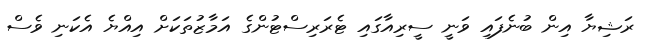
ރަޝިޔާ އިން ބުނެފައި ވަނީ ސީރިއާގައި ޓެރަރިސްޓުންގެ އަމާޒުތަކަށް އިއްޔެ އެކަނި ވެސް